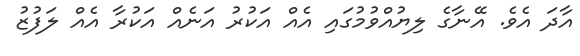
އާދަ އެވެ. އޭނާގެ ލިޔުއްވުމުގައި އެއް އަކުރު އަނެއް އަކުރާ އެއް ލަފުޒު